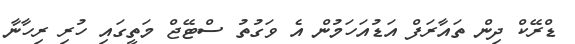
ޑްރޭކް ދިން ތައާރަފް އަޑުއަހަމުން އެ ވަގުތު ސްޓޭޖް މަތީގައި ހުރި ރިހާނާ